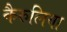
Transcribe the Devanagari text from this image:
कैरुलिया